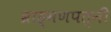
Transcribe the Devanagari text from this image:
ब्राह्मणपत्नी